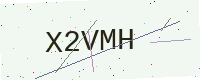
Text: X2VMH